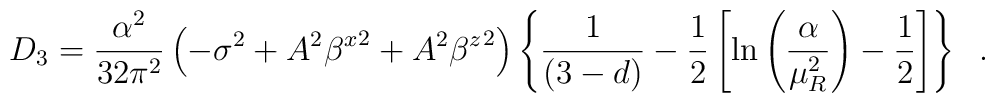
D_{3}=\frac{\alpha^{2}}{32\pi^{2}}\left(-\sigma^{2}+A^{2}{\beta^{x}}^{2}+A^{2}{\beta^{z}}^{2}\right)\left\{\frac{1}{(3-d)}-\frac{1}{2}\left[\ln\left(\frac{\alpha}{\mu_{R}^{2}}\right)-\frac{1}{2}\right]\right\} \;\;.